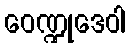
ဝေဏ္ဍုဒေဝါ